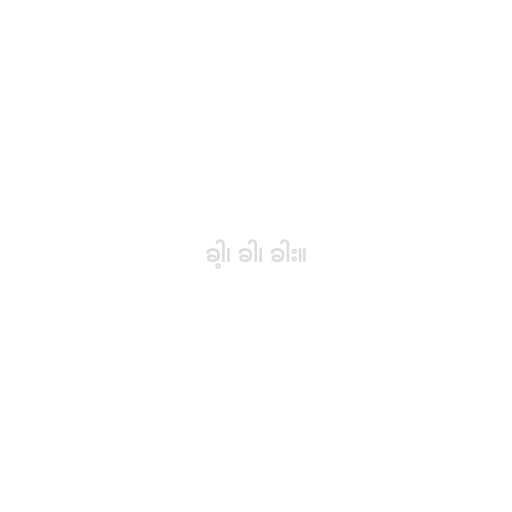
ခါ့၊ ခါ၊ ခါး။